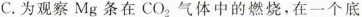
C.为观察Mg条在CO_{2}气体中的燃烧，在一个底